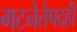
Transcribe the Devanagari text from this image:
गटनेतेपदही